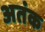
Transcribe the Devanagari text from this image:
अतंक